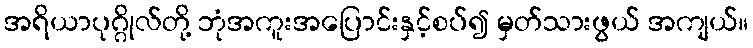
အရိယာပုဂ္ဂိုလ်တို့ ဘုံအကူးအပြောင်းနှင့်စပ်၍ မှတ်သားဖွယ် အကျယ်။